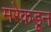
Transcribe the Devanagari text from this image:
मरेकडून